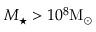
M _ { \star } > 1 0 ^ { 8 } \mathrm { M } _ { \odot }